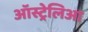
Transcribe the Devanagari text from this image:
ऑस्ट्रेलिआ